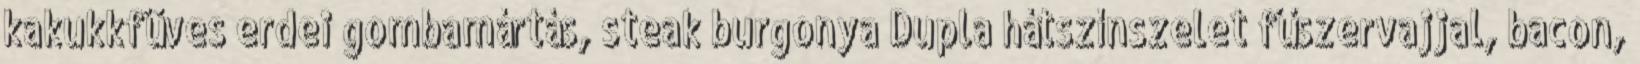
kakukkfüves erdei gombamártás, steak burgonya Dupla hátszínszelet fűszervajjal, bacon,